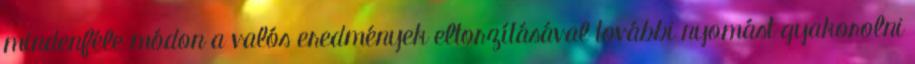
mindenféle módon a valós eredmények eltorzításával további nyomást gyakorolni